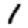
Digit: 1